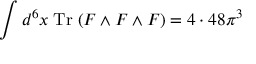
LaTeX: \int d ^ { 6 } x \; \mathrm { T r } \; ( F \wedge F \wedge F ) = 4 \cdot 4 8 \pi ^ { 3 }